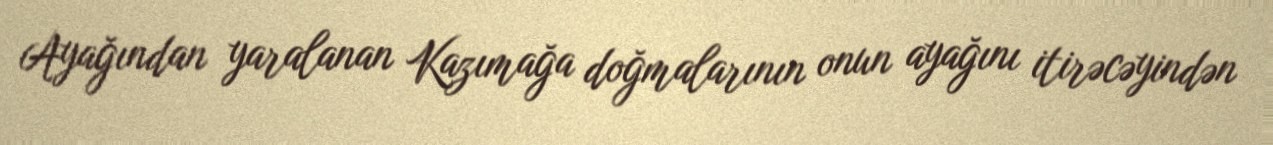
Ayağından yaralanan Kazımağa doğmalarının onun ayağını itirəcəyindən